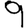
Digit: 9